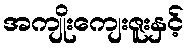
အကျိုးကျေးဇူးနှင့်